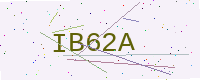
Text: IB62A